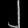
Digit: ၂